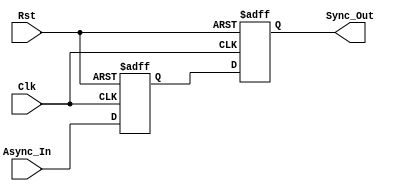
module dual_ff_synchronizer (
    input wire Async_In,  // Asynchronous input signal
    input wire Clk,       // Clock signal for the destination clock domain
    input wire Rst,       // Asynchronous reset signal (optional)
    output reg Sync_Out   // Synchronized output signal
);

    // Internal signals for the first flip-flop output
    reg FF1;

    // First flip-flop (FF1)
    always @(posedge Clk or posedge Rst) begin
        if (Rst) begin
            FF1 <= 1'b0; // Reset FF1 to known state
        end else begin
            FF1 <= Async_In; // Sample the asynchronous input
        end
    end

    // Second flip-flop (FF2)
    always @(posedge Clk or posedge Rst) begin
        if (Rst) begin
            Sync_Out <= 1'b0; // Reset Sync_Out to known state
        end else begin
            Sync_Out <= FF1; // Pass the output of FF1 to Sync_Out
        end
    end

endmodule